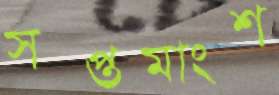
সপ্তমাংশ